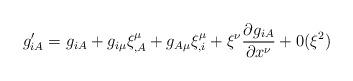
LaTeX: \begin{align*}g'_{iA} =g_{iA} + g_{i\mu}\xi^{\mu}_{,A} +g_{A\mu}\xi^{\mu}_{,i} +\xi^{\nu}\frac{\partial g_{iA}}{\partial x^{\nu}} +0(\xi^{2})\end{align*}